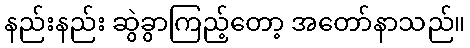
နည်းနည်း ဆွဲခွာကြည့်တော့ အတော်နာသည်။